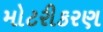
મોટરીકરણ